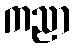
ကညာ